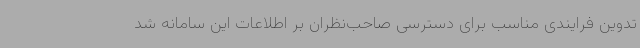
تدوین فرایندی مناسب برای دسترسی صاحب‌نظران بر اطلاعات این سامانه شد